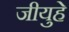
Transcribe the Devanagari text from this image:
जीयुहे